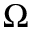
\Omega